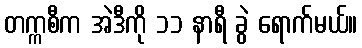
တက္ကစီက အဲဒီကို ၁၁ နာရီ ခွဲ ရောက်မယ်။